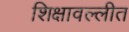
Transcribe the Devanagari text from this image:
शिक्षावल्लीत